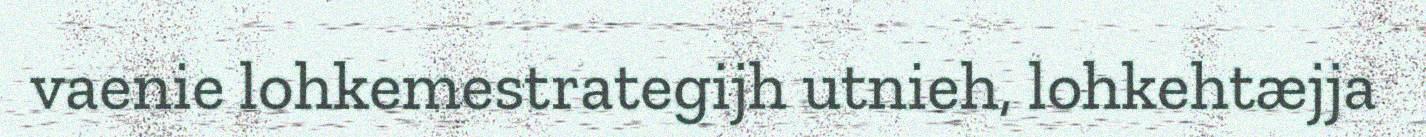
vaenie lohkemestrategijh utnieh, lohkehtæjja